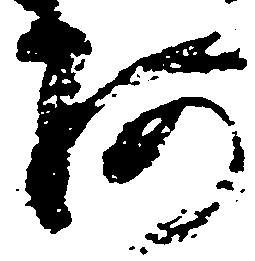
阿